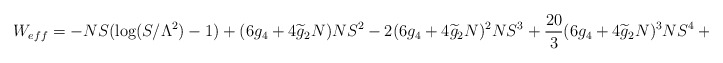
\begin{align*}W_{eff}=-NS(\log(S/\Lambda^2)-1)+(6g_4+4\widetilde{g}_2N)NS^2-2(6g_4+4\widetilde{g}_2N)^2NS^3+\frac{20}{3}(6g_4+4\widetilde{g}_2N)^3NS^4+\cdots.\end{align*}